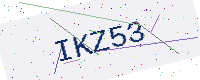
Text: IKZ53